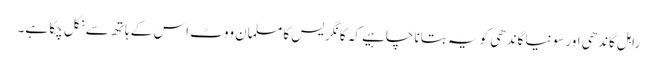
راہل گاندھی اور سونیا گاندھی کو یہ بتانا چاہیے کہ کانگریس کا مسلمان ووٹ اس کے ہاتھ سے نکل چکا ہے۔